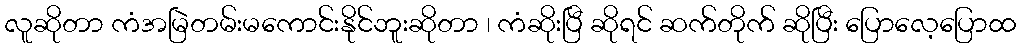
လူဆိုတာ ကံအမြဲတမ်းမကောင်းနိုင်ဘူးဆိုတာ ၊ ကံဆိုးပြီ ဆိုရင် ဆက်တိုက် ဆိုပြီး ပြောလေ့ပြောထ